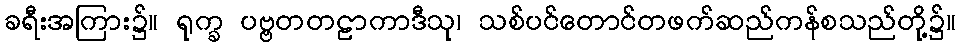
ခရီးအကြား၌။ ရုက္ခ ပဗ္ဗတတဠာကာဒီသု၊ သစ်ပင်တောင်တဖက်ဆည်ကန်စသည်တို့၌။